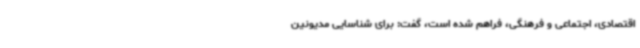
اقتصادی، اجتماعی و فرهنگی، فراهم شده است، گفت: برای شناسایی مدیونین